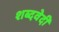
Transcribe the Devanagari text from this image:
शब्दवेदी